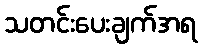
သတင်းပေးချက်အရ